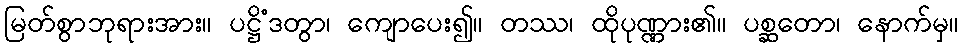
မြတ်စွာဘုရားအား။ ပဋ္ဌိံဒတွာ၊ ကျောပေး၍။ တဿ၊ ထိုပုဏ္ဏား၏။ ပစ္ဆတော၊ နောက်မှ။